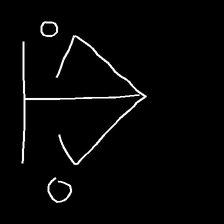
Glyph: earth